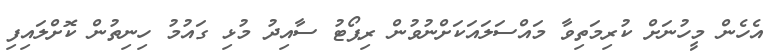
އެހެން މީހުނަށް ކުރިމަތިވާ މައްސަލައަކަށްނުވުން ރިޕޯޓު ސާއިދު މުޅި ގައުމު ހިނިތުން ކޮށްލައިފި